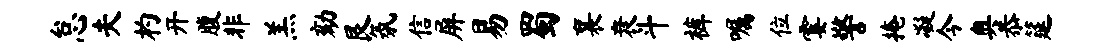
怠夫杓开腹非羔劾艮氛信屏易蜀襄衰斗裤嘱位霎警掩凝今奥恭筵